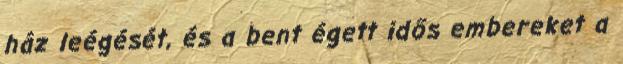
ház leégését, és a bent égett idős embereket a